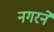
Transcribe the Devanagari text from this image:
नगरने